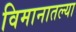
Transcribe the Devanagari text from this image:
विमानातल्या